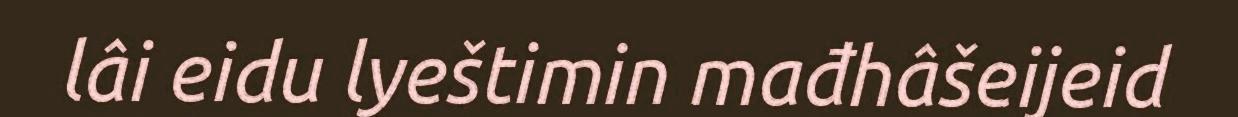
lâi eidu lyeštimin mađhâšeijeid